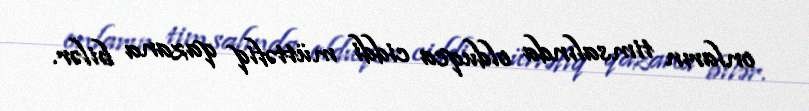
onların timsalında olduqca ciddi müttəfiq qazana bilər.